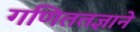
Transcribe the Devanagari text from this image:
गणिततज्ञाने